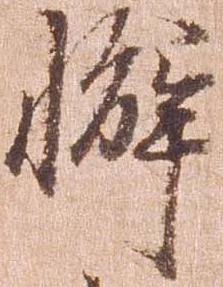
懈